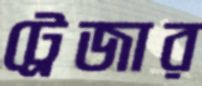
ট্রেজার